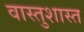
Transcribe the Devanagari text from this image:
वास्तुशास्त